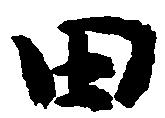
田